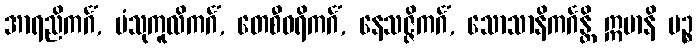
အာရညိကင်္ဂံ, ပံသုကူလိကင်္ဂံ, တေစီဝရိကင်္ဂံ, နေသဇ္ဇိကင်္ဂံ, သောသာနိကင်္ဂန္တိ ဣမာနိ ပဉ္စ